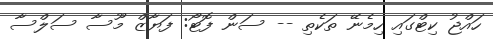
ހައްޖު ކިޓްގައި ހިމެނޭ ތަކެތި -- ސަން ފޮޓޯ: ފަޔާޒް މޫސާ ސަލްސާ